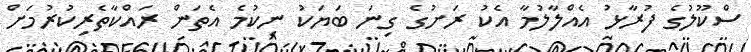
ސްކޫލުގެ ފުރާޅު އެއްލާލުމާ އެކު ރަށުގެ ގިނަ ބަޔަކު ނިކުމެ އެތަން ރައްކާތެރިކުރުމަށް